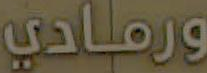
ورمادي